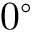
0 ^ { \circ }